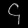
Digit: ၄